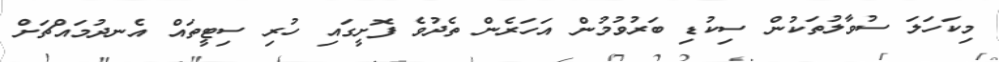
މިކަހަލަ ސުވާލުތަކުން ސިކުޑި ބަރުވުމުން އަހަރެން ތެދުވެ ފޮށީގައި ހުރި ސިޓީތައް އެނދުމައްޗަށް